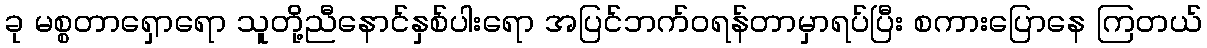
ခု မစ္စတာရှောရော သူတို့ညီနောင်နှစ်ပါးရော အပြင်ဘက်ဝရန်တာမှာရပ်ပြီး စကားပြောနေ ကြတယ်